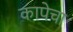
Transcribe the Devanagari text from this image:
कापेचा